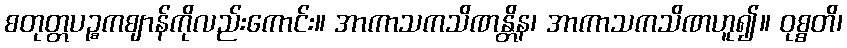
စတုတ္တပဉ္စကဈာန်ကိုလည်းကောင်း။ အာကာသကသိဏန္တိန၊ အာကာသကသိဏဟူ၍။ ဝုစ္စတိ၊